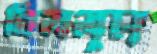
বিললুম